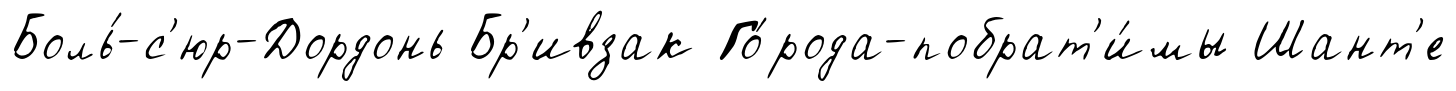
Боль́-с'юр-Дордонь Бр'ивзак Го́рода-побрат'и́мы Шант'е